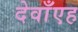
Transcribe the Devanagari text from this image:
देवाँएह